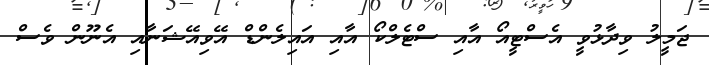
ޖަމީލު ވިދާޅުވީ އެސްޓީއޯ އާއި ސްޓެލްކޯ އާއި އައިލެންޑް އޭވިއޭޝަނާއި އެނޫން ވެސް